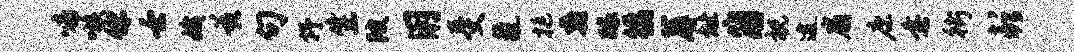
啼嗾你壬娥兹句抒生陂用受氤挺蠡醵徭蓐址崩祝逮扇康垂街彭